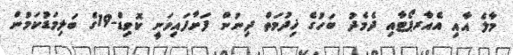
މާލެ އާއި އެއާރޕޯޓާއި ދެމެދު ބަހުގެ ޚިދުމަތް ދިނުން ފަށާފައިވަނީ ކޮވިޑް-19ގެ ބަލިމަޑުކަމުން